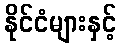
နိုင်ငံများနှင့်